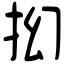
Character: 抝